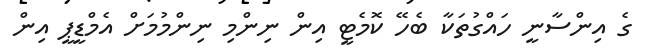
ގެ އިންސާނީ ހައްގުތަކާ ބެހޭ ކޮމެޓީ އިން ނިންމި ނިންމުމަށް އެމްޑީޕީ އިން